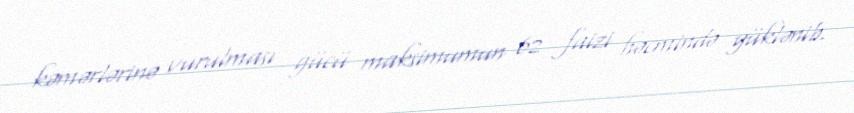
kəmərlərinə vurulması gücü maksimumun 62 faizi həcmində yüklənib.